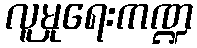
လူမှုရေးကဏ္ဍ